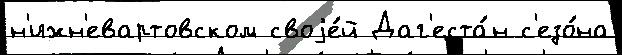
н'ижн'евартовском своjе́й Даг'еста́н с'езо́на